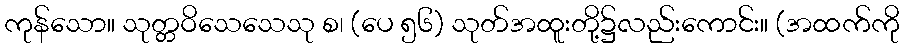
ကုန်သော။ သုတ္တဝိသေသေသု စ၊ (ပေ ၅၆) သုတ်အထူးတို့၌လည်းကောင်း။ (အထက်ကို